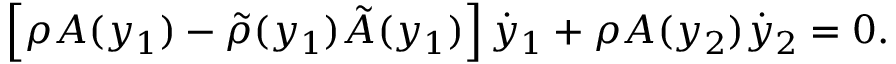
\left[ \rho A ( y _ { 1 } ) - \tilde { \rho } ( y _ { 1 } ) \tilde { A } ( y _ { 1 } ) \right] \dot { y } _ { 1 } + \rho A ( y _ { 2 } ) \dot { y } _ { 2 } = 0 .